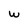
Character: w